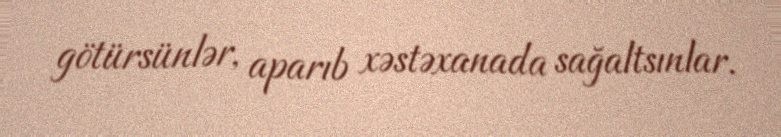
götürsünlər, aparıb xəstəxanada sağaltsınlar.